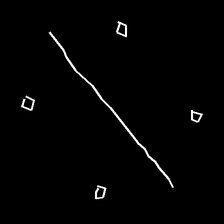
Glyph: cool